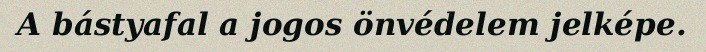
A bástyafal a jogos önvédelem jelképe.